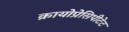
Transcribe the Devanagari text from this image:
क्रायोप्रेसिपीटेट